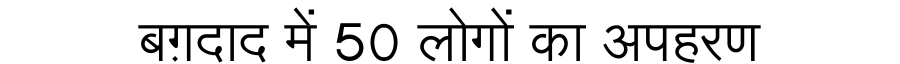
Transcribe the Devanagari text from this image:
बग़दाद में 50 लोगों का अपहरण